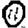
Digit: 0